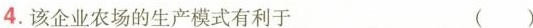
4.该企业农场的生产模式有利于 ( )